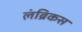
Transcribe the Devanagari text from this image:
लंब्रिकस